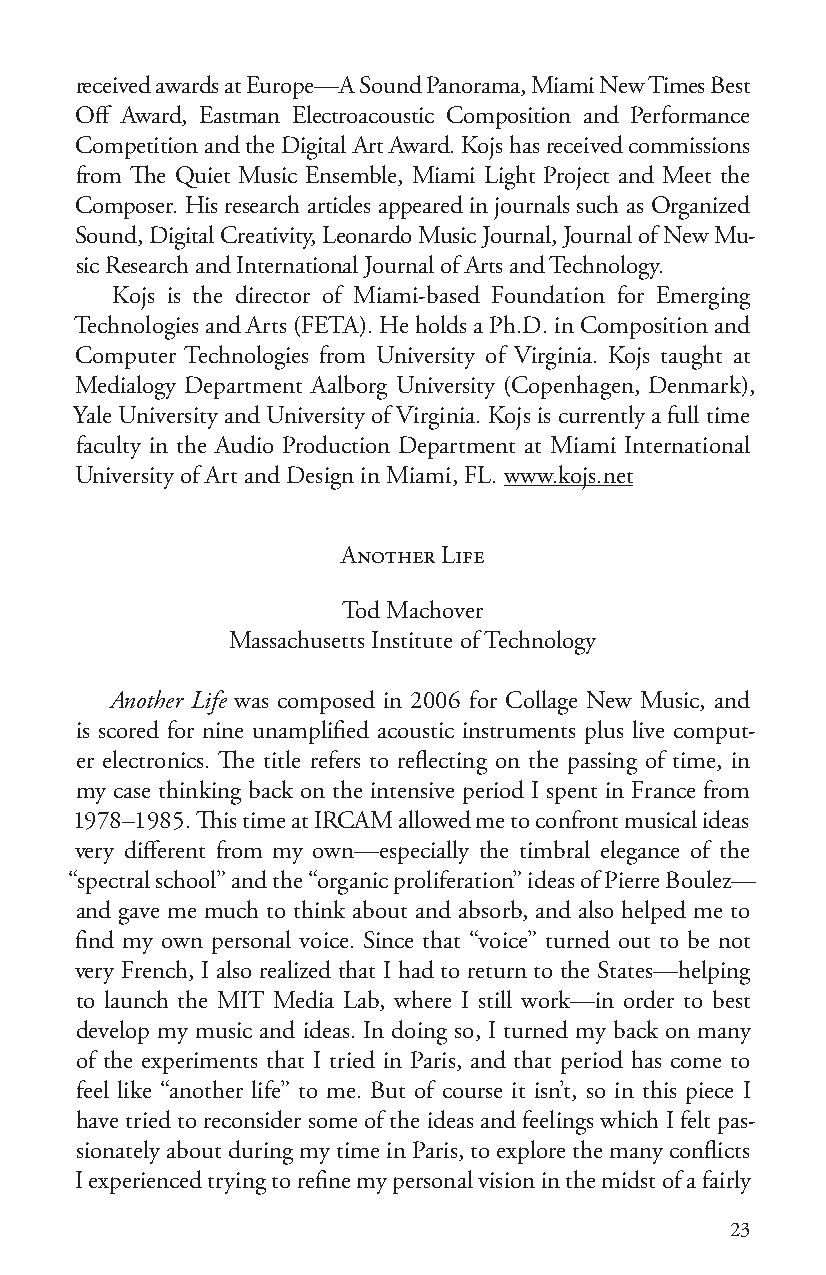
received awards at Europe—A Sound Panorama, Miami New Times Best
 Off Award, Eastman Electroacoustic Composition and Performance
 Competition and the Digital Art Award. Kojs has received commissions
 from The Quiet Music Ensemble, Miami Light Project and Meet the
 Composer. His research articles appeared in journals such as Organized
 Sound, Digital Creativity, Leonardo Music Journal, Journal of New Mu-
 sic Research and International Journal of Arts and Technology.
 Kojs is the director of Miami-based Foundation for Emerging
 Technologies and Arts (FETA). He holds a Ph.D. in Composition and
 Computer Technologies from University of Virginia. Kojs taught at
 Medialogy Department Aalborg University (Copenhagen, Denmark),
 Yale University and University of Virginia. Kojs is currently a full time
 faculty in the Audio Production Department at Miami International
 University of Art and Design in Miami, FL. www.kojs.net
 Another Life
 Tod Machover
 Massachusetts Institute of Technology
 Another Life was composed in 2006 for Collage New Music, and
 is scored for nine unamplified acoustic instruments plus live comput-
 er electronics. The title refers to reflecting on the passing of time, in
 my case thinking back on the intensive period I spent in France from
 1978–1985. This time at IRCAM allowed me to confront musical ideas
 very different from my own—especially the timbral elegance of the
 “spectral school” and the “organic proliferation” ideas of Pierre Boulez—
 and gave me much to think about and absorb, and also helped me to
 find my own personal voice. Since that “voice” turned out to be not
 very French, I also realized that I had to return to the States—helping
 to launch the MIT Media Lab, where I still work—in order to best
 develop my music and ideas. In doing so, I turned my back on many
 of the experiments that I tried in Paris, and that period has come to
 feel like “another life” to me. But of course it isn’t, so in this piece I
 have tried to reconsider some of the ideas and feelings which I felt pas-
 sionately about during my time in Paris, to explore the many conflicts
 I experienced trying to refine my personal vision in the midst of a fairly
 23